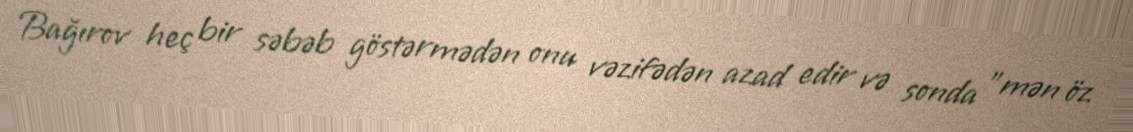
Bağırov heç bir səbəb göstərmədən onu vəzifədən azad edir və sonda "mən öz